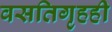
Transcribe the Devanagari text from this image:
वसतिगृहही